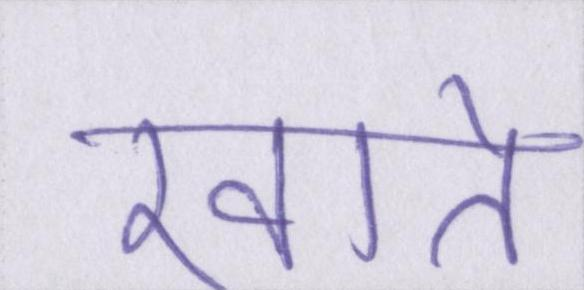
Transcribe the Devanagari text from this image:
खाते